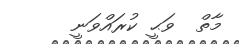
މާތް  ވަޙީ ކުރައްވަނީ